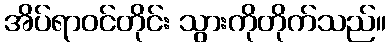
အိပ်ရာဝင်တိုင်း သွားကိုတိုက်သည်။